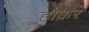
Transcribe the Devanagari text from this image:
होक़र